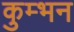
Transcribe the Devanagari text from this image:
कुम्भन